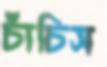
চাঁচিস